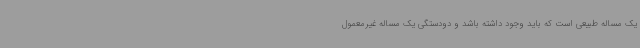
یک مساله طبیعی است که باید وجود داشته باشد و دودستگی یک مساله غیرمعمول